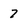
Character: 7